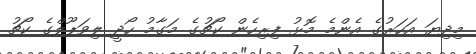
މިދިޔަ އަހަރުގެ އެންމެ މޮޅު ފިރިހެން ކޯޗުގެ މަގާމު ހޯދީ ލިވަޕޫލްގެ ކޯޗު